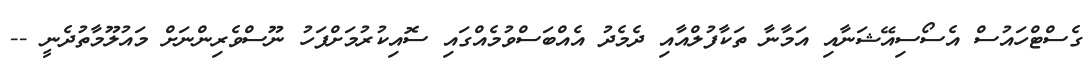
ގެސްޓްހައުސް އެސޯސިއޭޝަނާއި އަމާނާ ތަކާފުލްއާއި ދެމެދު އެއްބަސްވުމެއްގައި ސޮއިކުރުމަށްފަހު ނޫސްވެރިންނަށް މައުލޫމާތުދެނީ --